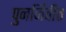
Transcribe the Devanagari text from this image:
पुनर्जिवीत